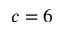
c = 6